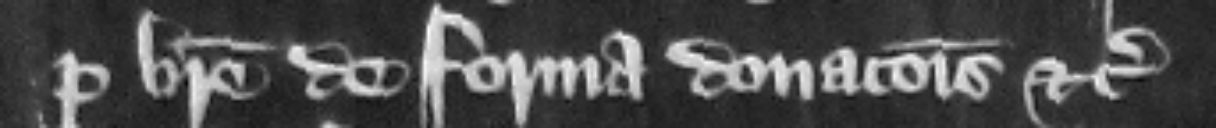
per breue de forma donacionis etc.